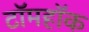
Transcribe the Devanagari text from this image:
टॉमहॉक